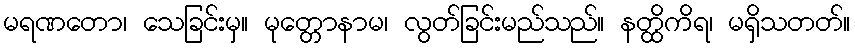
မရဏတော၊ သေခြင်းမှ။ မုတ္တောနာမ၊ လွတ်ခြင်းမည်သည်။ နတ္ထိကိရ၊ မရှိသတတ်။